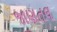
જાણતલ